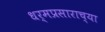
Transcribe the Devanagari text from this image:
धर्मप्रसाराच्या